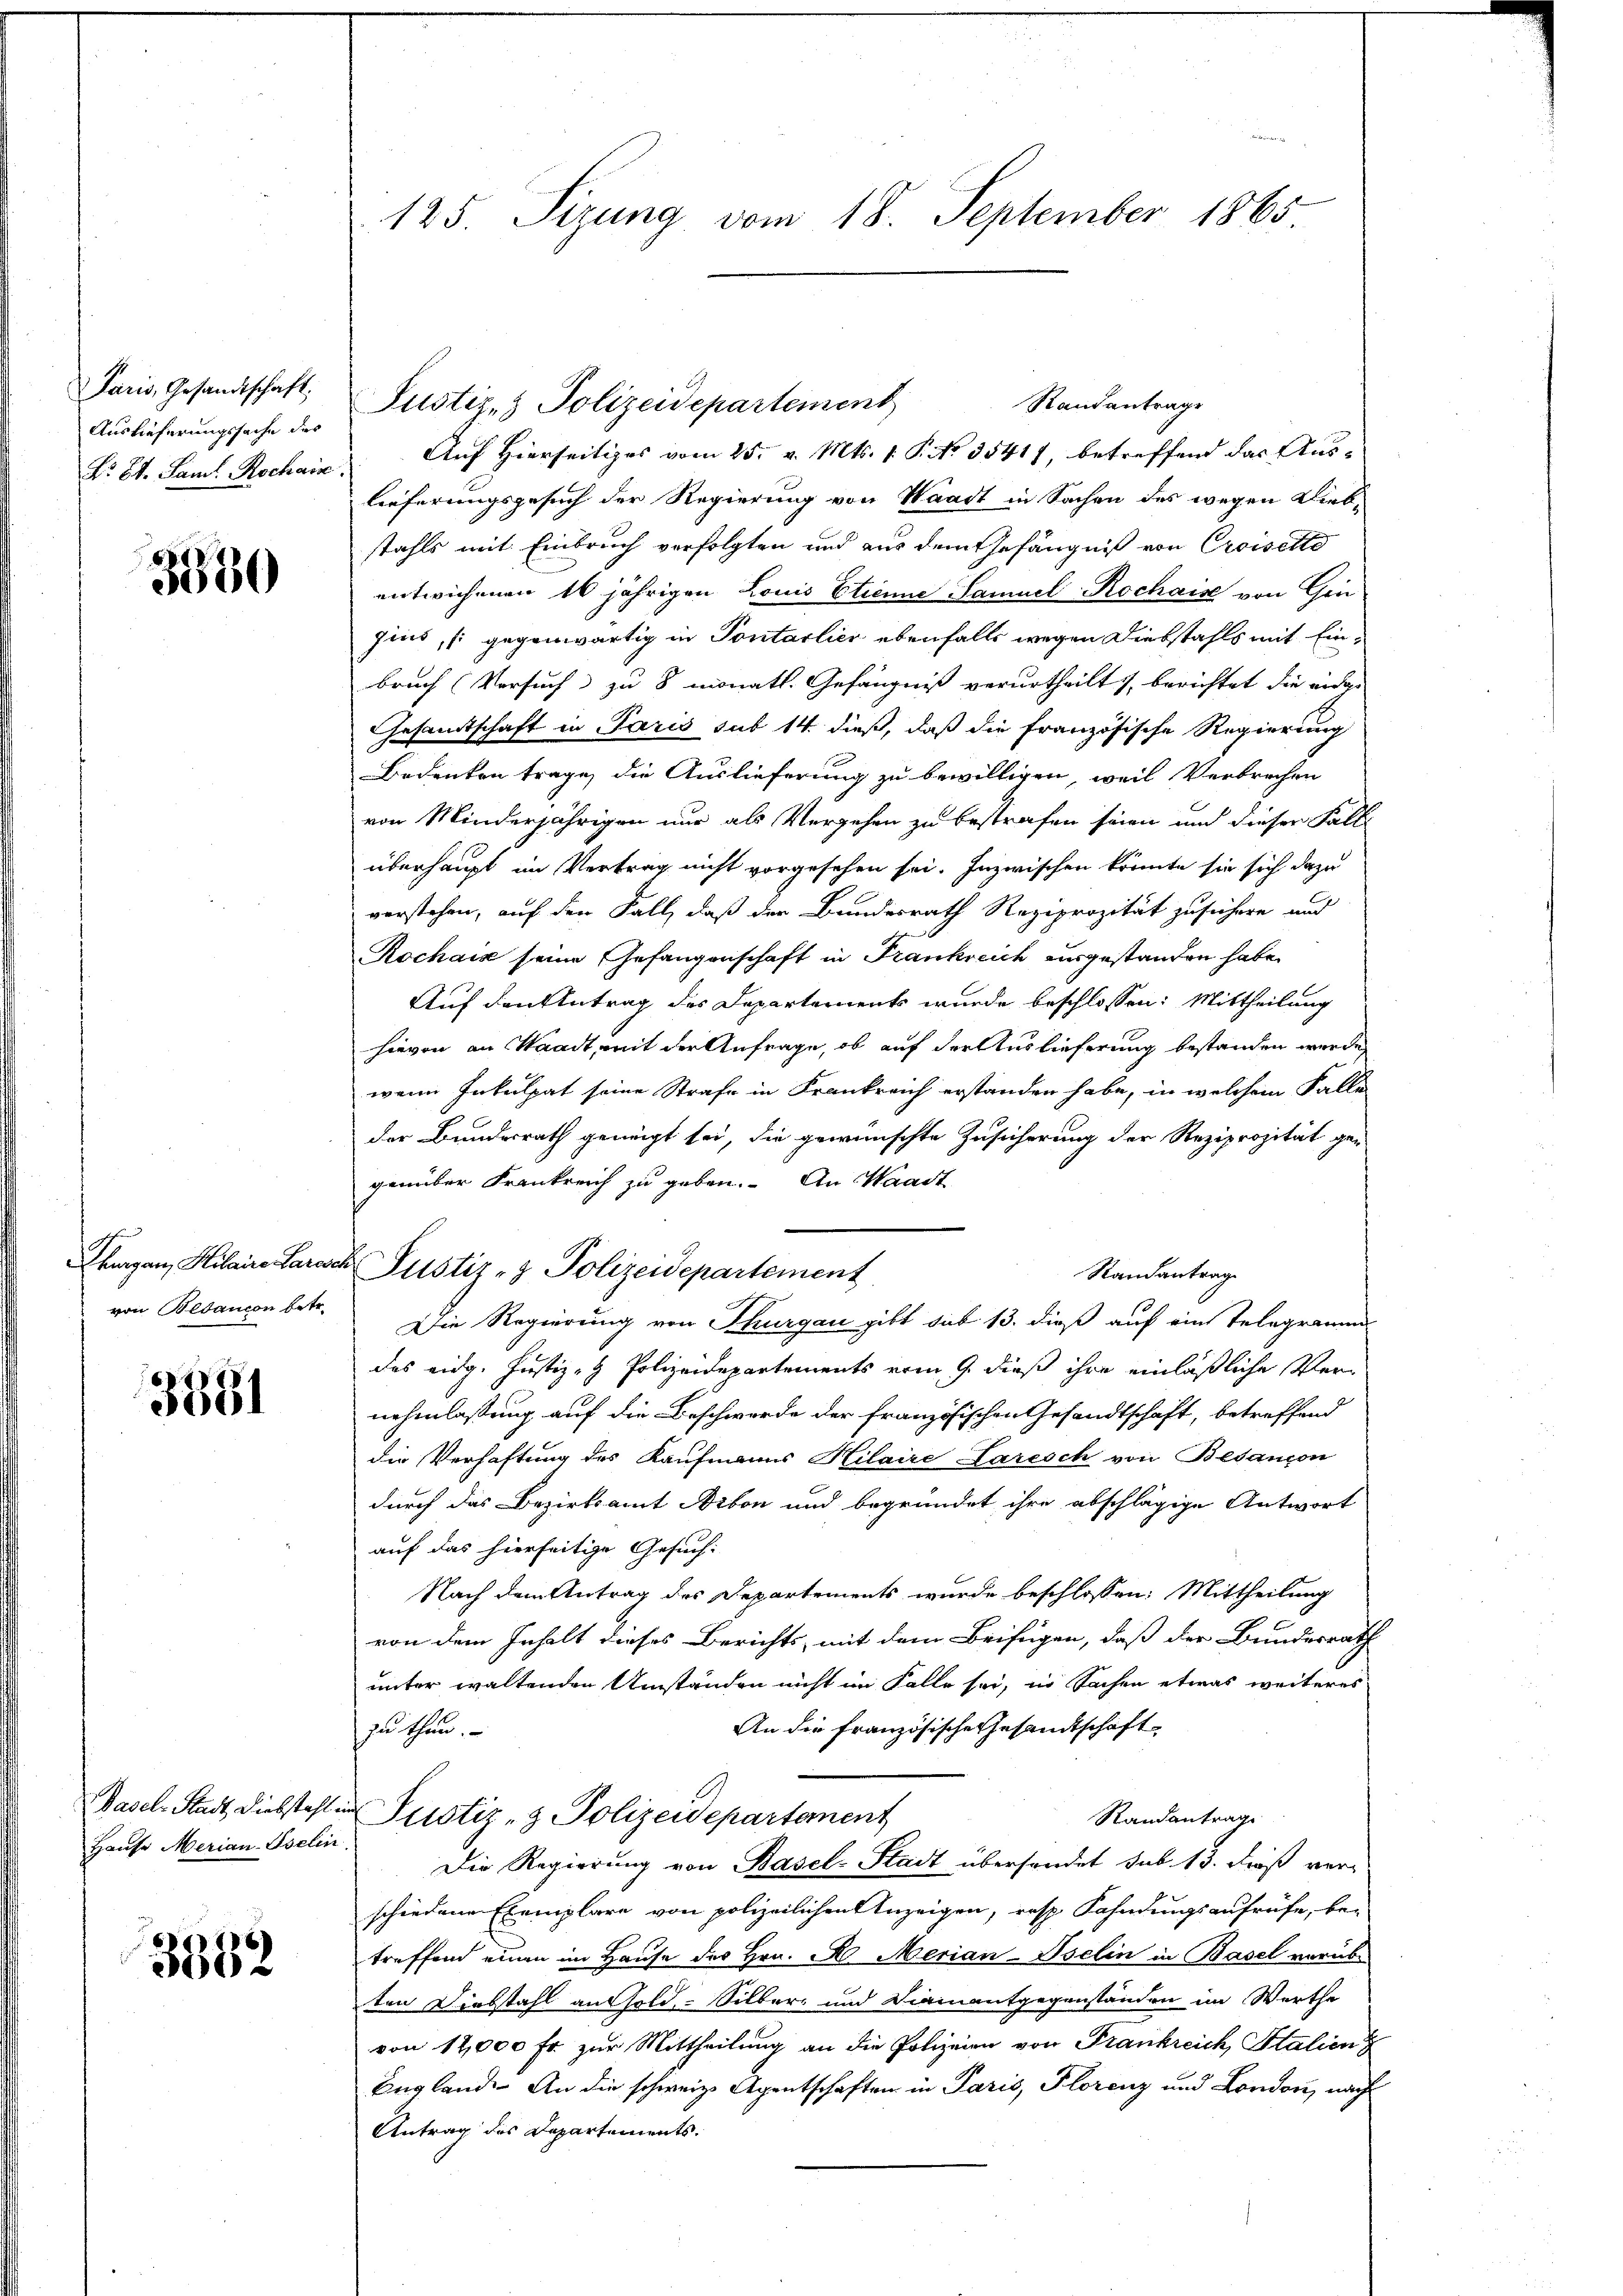
Paris, Gesandtschaft.
Auslieferungssache des
Nr. 84. Saml Rochain

3330

Thurgau, Hilaire Garese
von Bedaucon betr.

3381

Basel. Stadt, Diebstahl
Hause Merian-Iselin

3882

125. Sizung vom 18. September 1865

Standantrage
Auf Hierseitiges vom 25. v. Mts. 1. P. No 35417, betreffend das Auslieferungsgesuch der Regierung von Waadt in Sachen des wegen Diebstahls mit Einbruch verfolgten und aus dem Gefängniß von Croisette
entwichenen 16 jährigen Louis Etienne Samuel Rochaise von Gen
gins, [gegenwärtig in Pontarlier ebenfalls wegen Diebstahls mit Einbruch (Versuch zu 8 monatl. Gefängniß verurtheilt, berichtet die eidge¬
Gesamtschaft in Paris sub 14. dieß, daß die französische Regierung
Bedenken trage, die Auslieferung zu bewilligen, weil Verbrechen
von Minderjährigen nur als Vergehen zu bestrafen seien und dieser Fall
überhaupt im Vertrag nicht vorgesehen sei. Inzwischen könnte sie sich dazu
verstehen, auf den Fall, daß der Bundesrath Reziprozität zusichere und
Rochais seine Gefangenschaft in Frankreich ausgestanden habe.
Auf den Antrag des Departements wurde beschlossen: Mittheilung
hievon an Waadt, mit der Anfrage, ob auf der Auslieferung bestanden werde,
wenn Inkulpat seine Strafe in Frankreich erstanden habe, in welchem Falle
der Bundesrath geneigt sei, die gewünschte Zusicherung der Reziprozität ge-
genüber Frankreich zu geben. An Waadt
Randantrag
Die Regierung von Thurgau gibt sub 13. dieß auf ein Telegramms
das eidg. Justiz- & Polizeidepartements vom 9. dieß ihre einläßliche Vernehmlassung auf die Beschwerde der französischen Gesandtschaft, betreffend
die Verhaftung des Kaufmanns Hilaire Laresch von Besançon
durch das Bezirksamt Arbon und begründet ihre abschlägige Antwort
auf das hierseitige Gesuch:
Nach dem Antrag des Departements wurde beschlossen: Mittheilung
von dem Inhalt dieses Berichts, mit dem Beifügen, daß der Bundesrath
unter waltenden Umständen nicht im Falle sei, in Sachen etwas weiteres
An die französische Gesandtschaft
zu thun.
in Justiz- & Polizeidepartement
Randantrag
Die Regierung von Basel-Stadt übersendet sub. 13. dieß verschiedene Exemplare von polizeilichen Anzeigen, resp. Fahndungsaufrufe, be-
treffend einen im Hause des Hrn. R. Merian-Iselin in Basel vorübe
ten Diebstahl an Gold- Silber und Dieinantgegenständen im Werthe
von 12,000 fr zur Mittheilung an die Polizeien von Frankreich Italien
England. An die schweiz. Agentschaften in Paris, Florenz und London, nach
Antrag des Departements.

Justiz- & Polizeidepartement

u Justiz- & Polizeidepartement